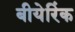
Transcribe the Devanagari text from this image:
बीयेरिंक